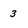
Character: 3